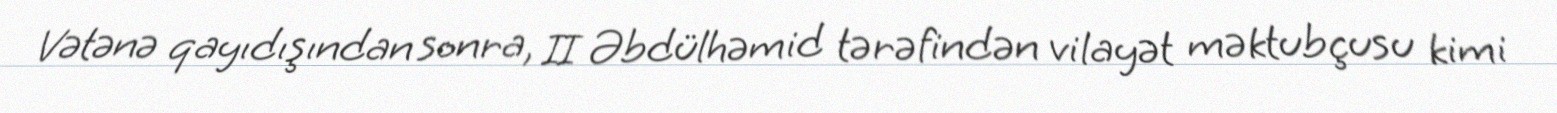
Vətənə qayıdışından sonra, II Əbdülhəmid tərəfindən vilayət məktubçusu kimi